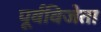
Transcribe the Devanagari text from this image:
पूर्वविजेता